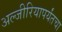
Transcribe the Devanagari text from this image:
अल्जीरियापर्यंतचा